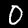
Label: 0